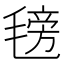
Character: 𣯊